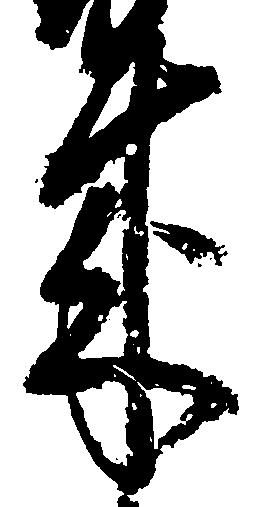
来